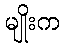
မျိုးက